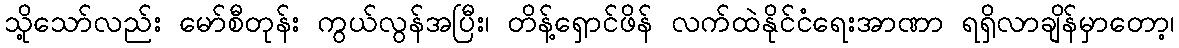
သို့သော်လည်း မော်စီတုန်း ကွယ်လွန်အပြီး၊ တိန့်ရှောင်ဖိန် လက်ထဲနိုင်ငံရေးအာဏာ ရရှိလာချိန်မှာတော့၊